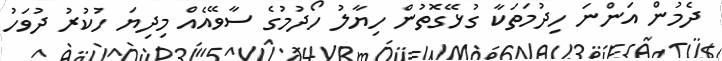
ދެމުން އަންނަ ހިދުމަތަކާ ގުޅޭގޮތުން ހިޔާލު ހޯދުމުގެ ސާވޭއެއް މިދިޔަ ހުކުރު ދުވަހު